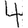
Digit: 4